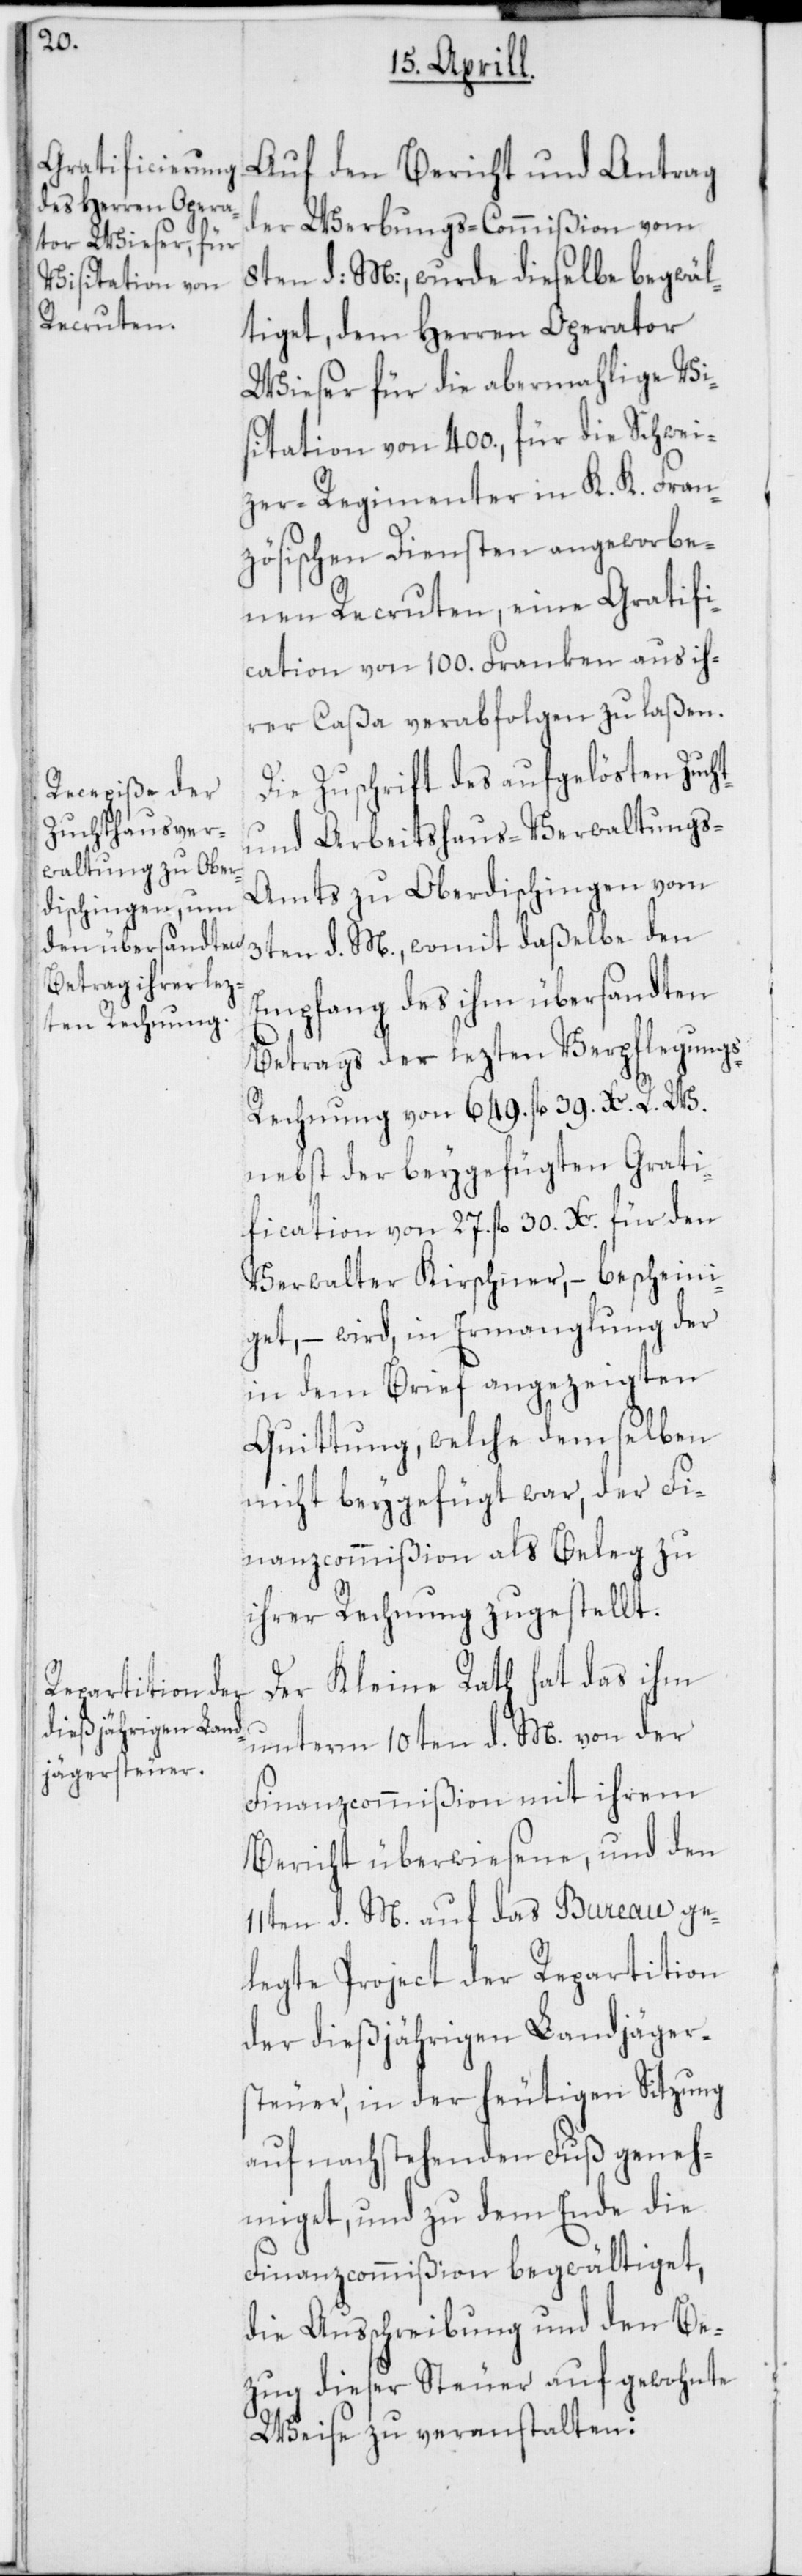
Auf den Bericht und Antrag
der Werbungs-Commißion vom
8ten d: M:, wurde dieselbe begwäl¬
tiget, dem Herren Operator
Wieser für die abermahlige Vi¬
sitation von 400., für die Schwei¬
zer-Regimenter in K. K. Fran¬
zösischen Diensten angeworbe¬
nen Recruten, eine Gratifi¬
cation von 100. Franken aus ih¬
rer Caßa verabfolgen zu laßen.
Die Zuschrift des aufgelösten Zucht-
und Arbeitshaus-Verwaltungs-A¬
mts zu Oberdischingen vom
3ten d. M., womit daßelbe den
Empfang des ihm übersandten
Betrags der lezten Verpflegung¬
s-Rechnung von 649 fl. 39 Xr. R. W.
nebst der beygefügten Grati¬
fication von 27. fl. 30 Xr. für den
Verwalter Kirschner, – bescheini¬
get, – wird, in Ermanglung der
in dem Brief angezeigten
Quittung, welche demselben
nicht beygefügt war, der Fi¬
nanzcommißion als Beleg zu
ihrer Rechnung zugestellt.
Der Kleine Rath hat das ihm
unterm 10ten d. M. von der
Finanzcommißion mit ihrem
Bericht überwiesene, und den
11ten d. M. auf das Bureau ge¬
legte Project der Repartition
der dießjährigen Landjäger¬
steuer, in der heutigen Sitzung
auf nachstehenden Fuß geneh¬
miget, und zu dem Ende die
Finanzcommißion begwältiget,
die Ausschreibung und den Be¬
zug dieser Steuer auf gewohnte
Weise zu veranstalten: